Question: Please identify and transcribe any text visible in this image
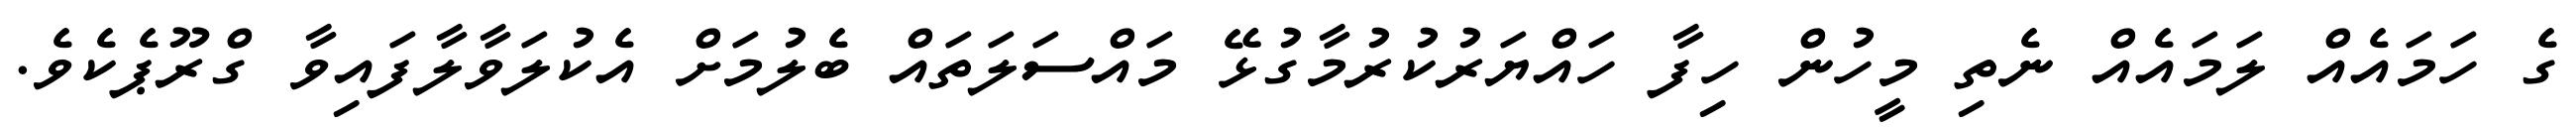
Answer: ގެ ހަމައެއް ލަމައެއް ނެތި މީހުން ހިފާ ހައްޔަރުކުރުމާގުޅޭ މައްސަލަތައް ބެލުމަށް އެކުލަވާލާފައިވާ ގްރޫޕެކެވެ.